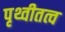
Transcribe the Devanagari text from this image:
पृथ्वीतत्व